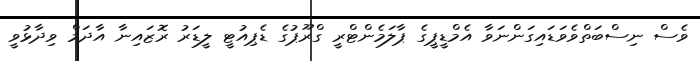
ވެސް ނިސްބަތްވެވަޑައިގަންނަވާ އެމްޑީޕީގެ ޕާލަމެންޓްރީ ގްރޫޕުގެ ޑެޕިއުޓީ ލީޑަރު ރޮޒައިނާ އާދަމް ވިދާޅުވީ